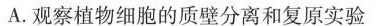
A.观察植物细胞的质壁分离和复原实验